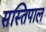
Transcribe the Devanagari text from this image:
सस्तिपाल